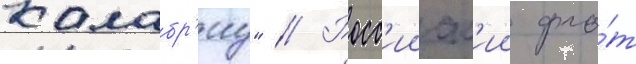
калабр'иу" // Росс'ииск'ии фло́т